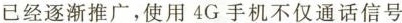
已经逐渐推广，使用4G手机不仅通话信号